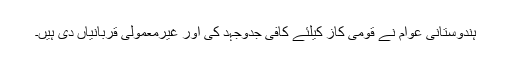
ہندوستانی عوام نے قومی کاز کیلئے کافی جدوجہد کی اور غیرمعمولی قربانیاں دی ہیں۔